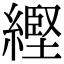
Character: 䌑